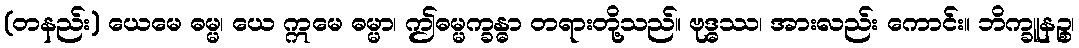
(တနည်း) ယေမေ ဓမ္မ၊ ယေ ဣမေ ဓမ္မာ၊ ဤဓမ္မက္ခန္ဓာ တရားတို့သည်။ ဗုဒ္ဓဿ၊ အားလည်း ကောင်း။ ဘိက္ခူနဉ္စ၊